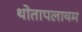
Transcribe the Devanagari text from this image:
थोतापलायम